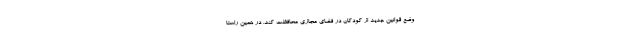
وضع قوانین جدید از کودکان در فضای مجازی محافظت کند. در همین راستا